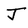
Character: J